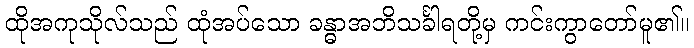
ထိုအကုသိုလ်သည် ထုံအပ်သော ခန္ဓာအဘိသင်္ခါရတို့မှ ကင်းကွာတော်မူ၏။